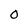
Character: 0